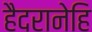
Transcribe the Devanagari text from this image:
हैदरानेहि